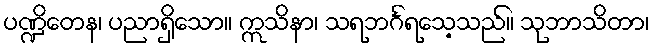
ပဏ္ဍိတေန၊ ပညာရှိသော။ ဣသိနာ၊ သရဘင်္ဂရသေ့သည်။ သုဘာသိတာ၊